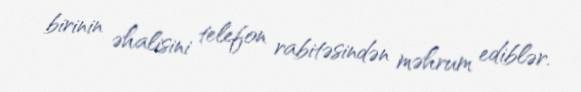
birinin əhalisini telefon rabitəsindən məhrum ediblər.